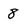
Character: 8